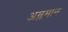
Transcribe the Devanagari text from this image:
अम्लमान